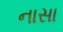
નાસા